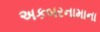
અકબરનામાના